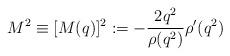
LaTeX: \begin{align*}M^2\equiv [M(q)]^2:=-\frac{2 q^2}{\rho(q^2)}\rho'(q^2)\end{align*}